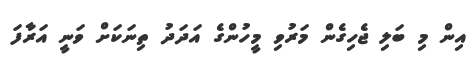
އިން މި ބަލި ޖެހިގެން މަރުވި މީހުންގެ އަދަދު ތިނަކަށް ވަނީ އަރާފަ